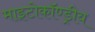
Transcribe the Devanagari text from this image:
माइटोकॉण्ड्रीय